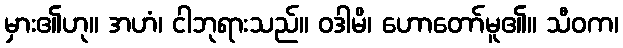
မှား၏ဟု။ အဟံ၊ ငါဘုရားသည်။ ဝဒါမိ၊ ဟောတော်မူ၏။ သီဝက၊